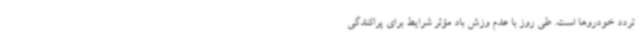
تردد خودروها است. طی روز با عدم وزش باد مؤثر شرایط برای پراکندگی